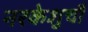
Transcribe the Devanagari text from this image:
नरकेशुचौ